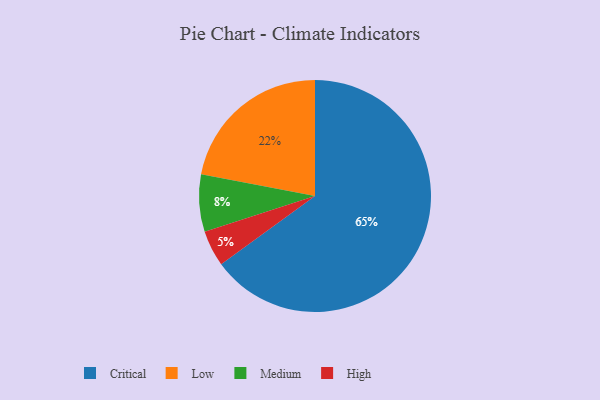
{"axis": {"x": "Category", "y": "Percentage"}, "legend": ["Critical", "High", "Low", "Medium"], "data": [{"x": "High", "y": 5, "type": "High"}, {"x": "Low", "y": 22, "type": "Low"}, {"x": "Medium", "y": 8, "type": "Medium"}, {"x": "Critical", "y": 65, "type": "Critical"}]}